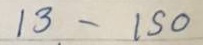
13 - 150